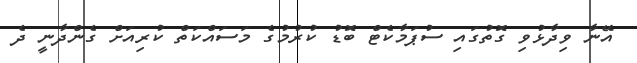
އޭނާ ވިދާޅުވި ގޮތުގައި ސުޕަމާކެޓް ބޮޑު ކުރުމުގެ މަސައްކަތް ކުރިއަށް ގެންދާނީ ދެ